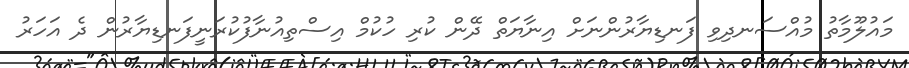
މައުލޫމާތު މުއްސަނދިވި ފަނޑިޔާރުންނަށް އިނާޔަތް ދޭން ކުރި ހުކުމް އިސްތިއުނާފުކުރަނީފަނޑިޔާރުން ދެ އަހަރު